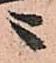
々